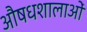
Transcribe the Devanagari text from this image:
औषधशालाओं